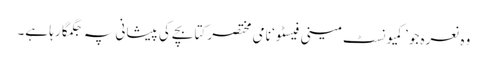
وہ نعرہ جو ’کمیونسٹ مینی فیسٹو‘ نامی مختصر کتابچے کی پیشانی پہ جگمگا رہا ہے۔